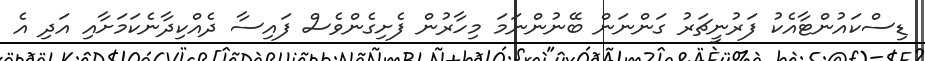
ޑިސްކައުންޓާއެކު ފަރުނީޗަރު ގަންނަން ބޭނުންނަމަ މިހާރުން ފެށިގެންވެސް ފައިސާ ދެއްކިދާނެކަމަށާއި އަދި އެ